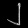
Digit: ၂